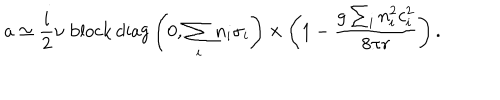
a \simeq \frac { i } { 2 } \nu \; \mathrm { b l o c k \, d i a g } \left( 0 , \sum _ { i } n _ { i } \sigma _ { i } \right) \times \left( 1 - \frac { g \sum _ { i } n _ { i } ^ { 2 } c _ { i } ^ { 2 } } { 8 \pi r } \right) .